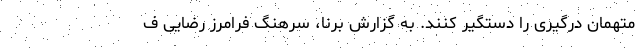
متهمان درگیری را دستگیر کنند. به گزارش برنا، سرهنگ فرامرز رضایی ف